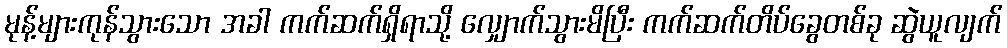
မုန့်များကုန်သွားသော အခါ ကက်ဆက်ရှိရာသို့ လျှောက်သွားမိပြီး ကက်ဆက်တိပ်ခွေတစ်ခု ဆွဲယူလျက်